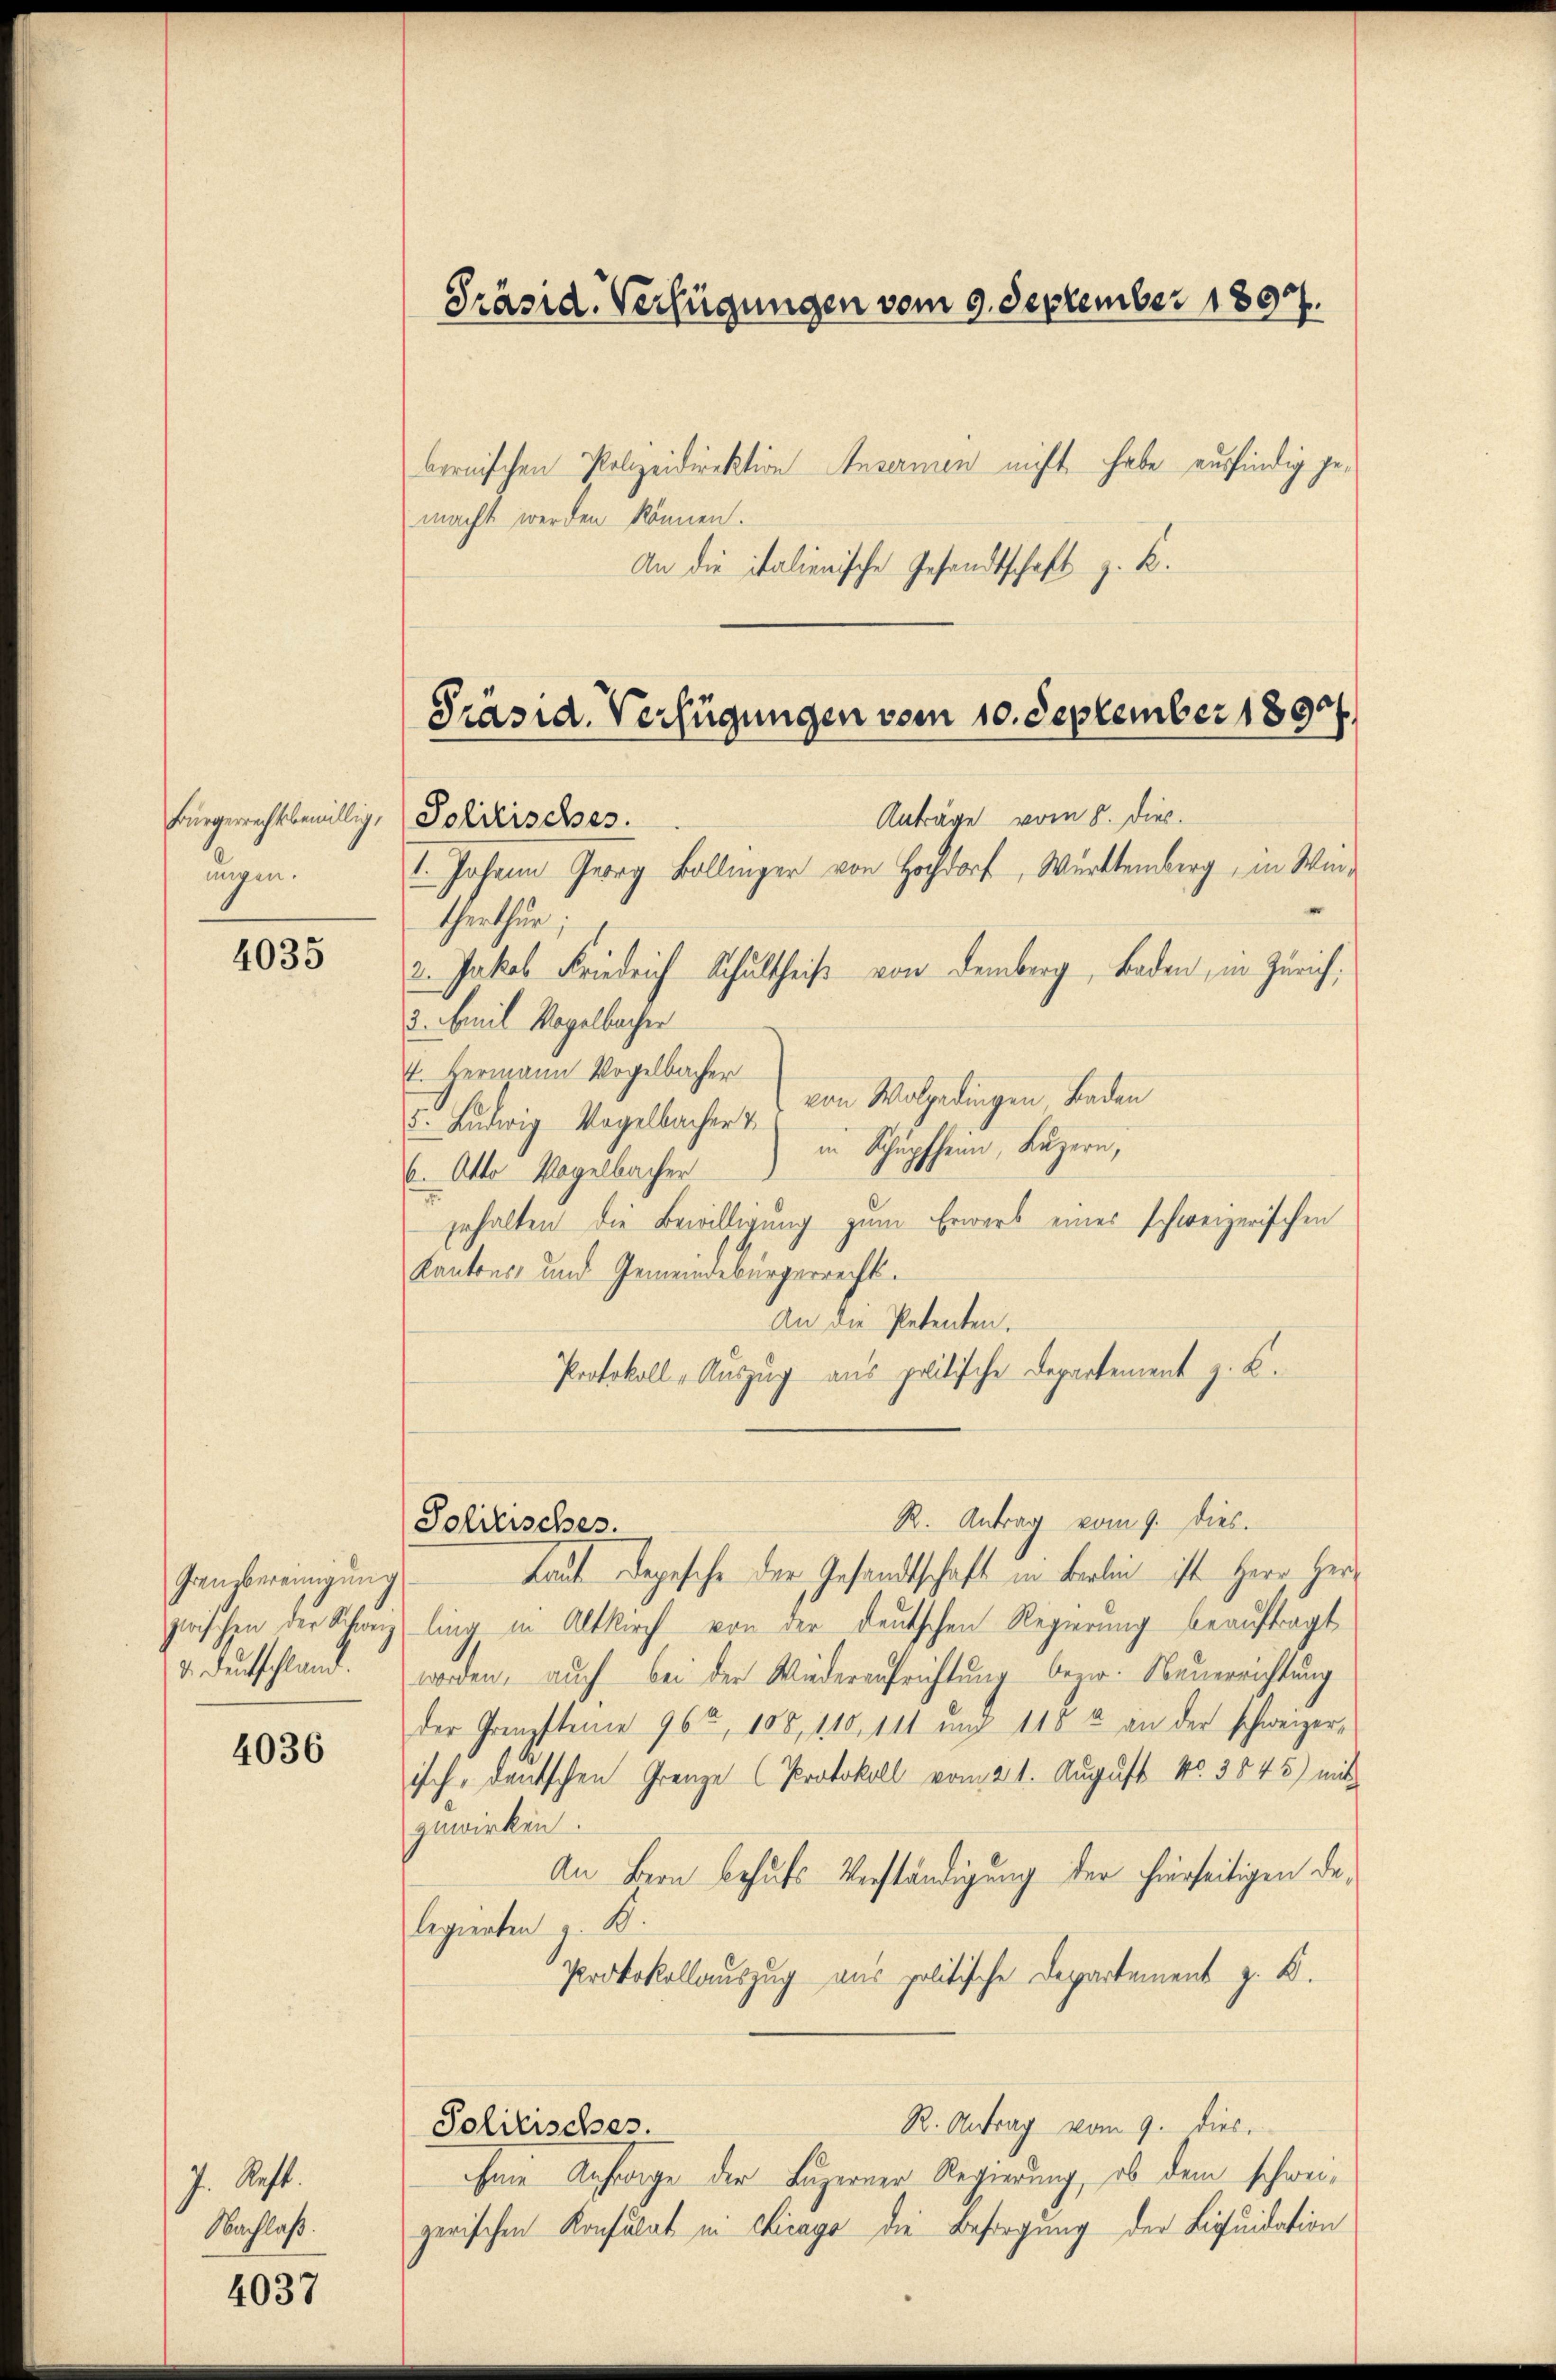
nngen.

4035

Ganzbereinigung
d. Durchschland.

4036

7. Recht.
Nachlaß.

4037

bernischen Polizeidirektion Ansermen nicht habe ausfindig gemacht werden können.
An die italienische Gesandtschaft z. B.

Präsid. Verfügungen vom 9. September 1897.

Präsid. Verfügungen vom 10. September 1890

Anträge vom 8. Dies.
Bürgerrechtsbewillig, Politisches.
I. Johann Georg Ballinger von Hochdorf, Württemberg, in Win-
Gethun,
2. Jakob Friedrich Schultheiß von Demberg, Baden, in Zürich;
3. Emil Vogelbacher
4. Hermann Vogelbacher
von Wolgedingen Baden
5. Ludwig Vogelbacher &
in Schüpfheim, Luzern,
6. Otto Vogelbacher
zuhalten die Bewilligung zum Erwerb eines schweizerischen
Kantons- und Gemeindebürgerrecht.
An die Petenten.
Protokoll- Auszug aus politische Departement z. B.
R. Antrag vom 9. dies.
Laut Depesche der Gesandtschaft in Berlin ist Herr Herzwischen der Schweiz ling in Altkirch von der deutschen Regierung beauftragt
worden, auch bei der Wiederaufrichtung bezw. Neuerrichtung
der Grenzsteine 965, 108, 110, 111 und 118 u. an der schweizerisch, deutschen Grenze (Protokoll vom 21. August No. 3545) mit
zuwirken.
An Bern behufs Verständigung der hierseitigen delegierten z. B.
Protokollauszug aus politische Departement z. B.
R. Antrag vom 9. dies
Solitisches.
hie Anfrage der Luzerner Regierung, ob dem schweizerischen Konsulat in Chicago die Befregung der Liquidation

Politisches.